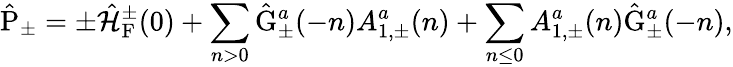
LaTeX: \hat{\mathrm{P}}_{\pm}=\pm\hat{\cal H}_{\mathrm{F}}^{\pm}(0)+\sum_{n>0}\hat{\mathrm{G}}_{\pm}^{a}(-n){A}_{1,\pm}^{a}(n)+\sum_{n\leq 0}{A}_{1,\pm}^{a}(n)\hat{\mathrm{G}}_{\pm}^{a}(-n),